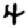
Digit: 4